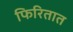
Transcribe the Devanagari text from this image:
फिरितात